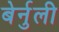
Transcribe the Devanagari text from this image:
बेर्नुली